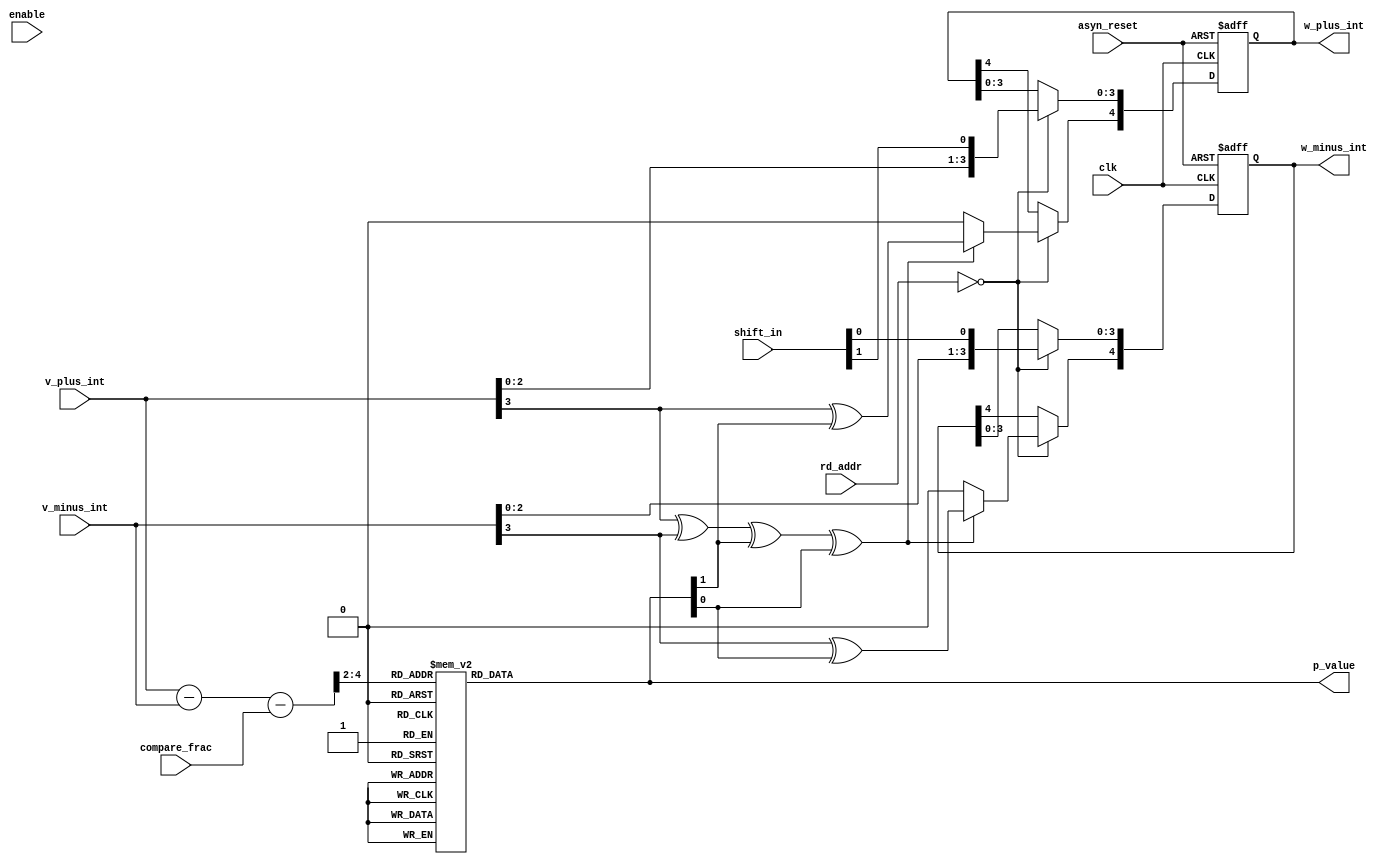
module V_upper_bits_v2(
clk,
enable,
asyn_reset,
shift_in,
compare_frac,
rd_addr,
v_plus_int,
v_minus_int,
w_plus_int,
w_minus_int,
p_value
);
parameter ADDR_WIDTH=7;
parameter UPPER_WIDTH = 5;
input clk;
input enable;
input asyn_reset;
input compare_frac;
input[UPPER_WIDTH-1 :0] v_plus_int, v_minus_int;
input[1:0] shift_in;
input [ADDR_WIDTH-1:0] rd_addr;

output[UPPER_WIDTH-1 :0] w_plus_int, w_minus_int;
output [1:0] p_value;

reg [1:0] p_value;
reg [UPPER_WIDTH-1 :0] w_plus_int, w_minus_int;

wire [2:0] v_sample;
wire[UPPER_WIDTH-1 :0] v_upper_value;

assign v_upper_value = v_plus_int - v_minus_int - compare_frac;
assign v_sample = v_upper_value [UPPER_WIDTH-1:UPPER_WIDTH-3];
// M block
always @* begin
	case(v_sample)
		3'b011: p_value <= 2'b10;
		3'b010: p_value <= 2'b10;
		3'b001: p_value <= 2'b10;
		3'b000: p_value <= 2'b00;
		3'b111: p_value <= 2'b00;
		3'b110: p_value <= 2'b01;
		3'b101: p_value <= 2'b01;
		3'b100: p_value <= 2'b01;
	endcase
end
// M block done
// updating w_vec from v_vec
always @ (posedge clk or posedge asyn_reset) begin
	if (asyn_reset) begin
		w_plus_int <= 0;
		w_minus_int <= 0;
	end
	else begin
		if (rd_addr == 0) begin
			if (v_plus_int[UPPER_WIDTH-2] ^v_minus_int[UPPER_WIDTH-2] ^ p_value[1] ^ p_value[0]) begin
				w_plus_int[UPPER_WIDTH-1]= v_plus_int[UPPER_WIDTH-2]^ p_value[1];
				w_minus_int[UPPER_WIDTH-1] = v_minus_int[UPPER_WIDTH-2]^ p_value[0];
			end
			else begin
				w_plus_int[UPPER_WIDTH-1]= 0;
				w_minus_int[UPPER_WIDTH-1] = 0;	
			end
			w_plus_int[UPPER_WIDTH-2:0] = {v_plus_int[UPPER_WIDTH-3:0],shift_in[1]};
			w_minus_int[UPPER_WIDTH-2:0] = {v_minus_int[UPPER_WIDTH-3:0],shift_in[0]};
		end
	end
end
endmodule